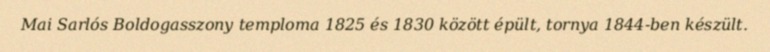
Mai Sarlós Boldogasszony temploma 1825 és 1830 között épült, tornya 1844-ben készült.